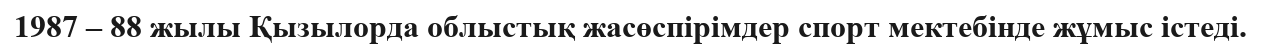
1987 – 88 жылы Қызылорда облыстық жасөспірімдер спорт мектебінде жұмыс істеді.